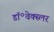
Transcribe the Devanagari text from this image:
डॉ॰वेक्स्लर